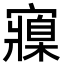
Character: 寱